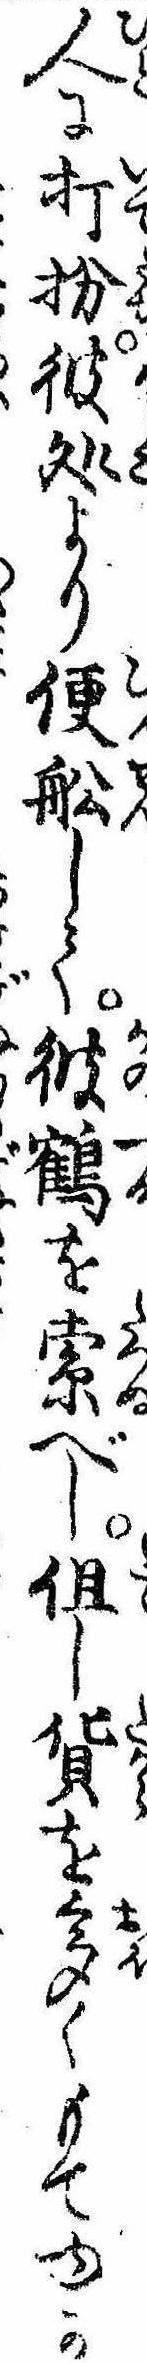
人に打扮彼処より便船して彼鶴を索べし但し貨を多くもてゆか